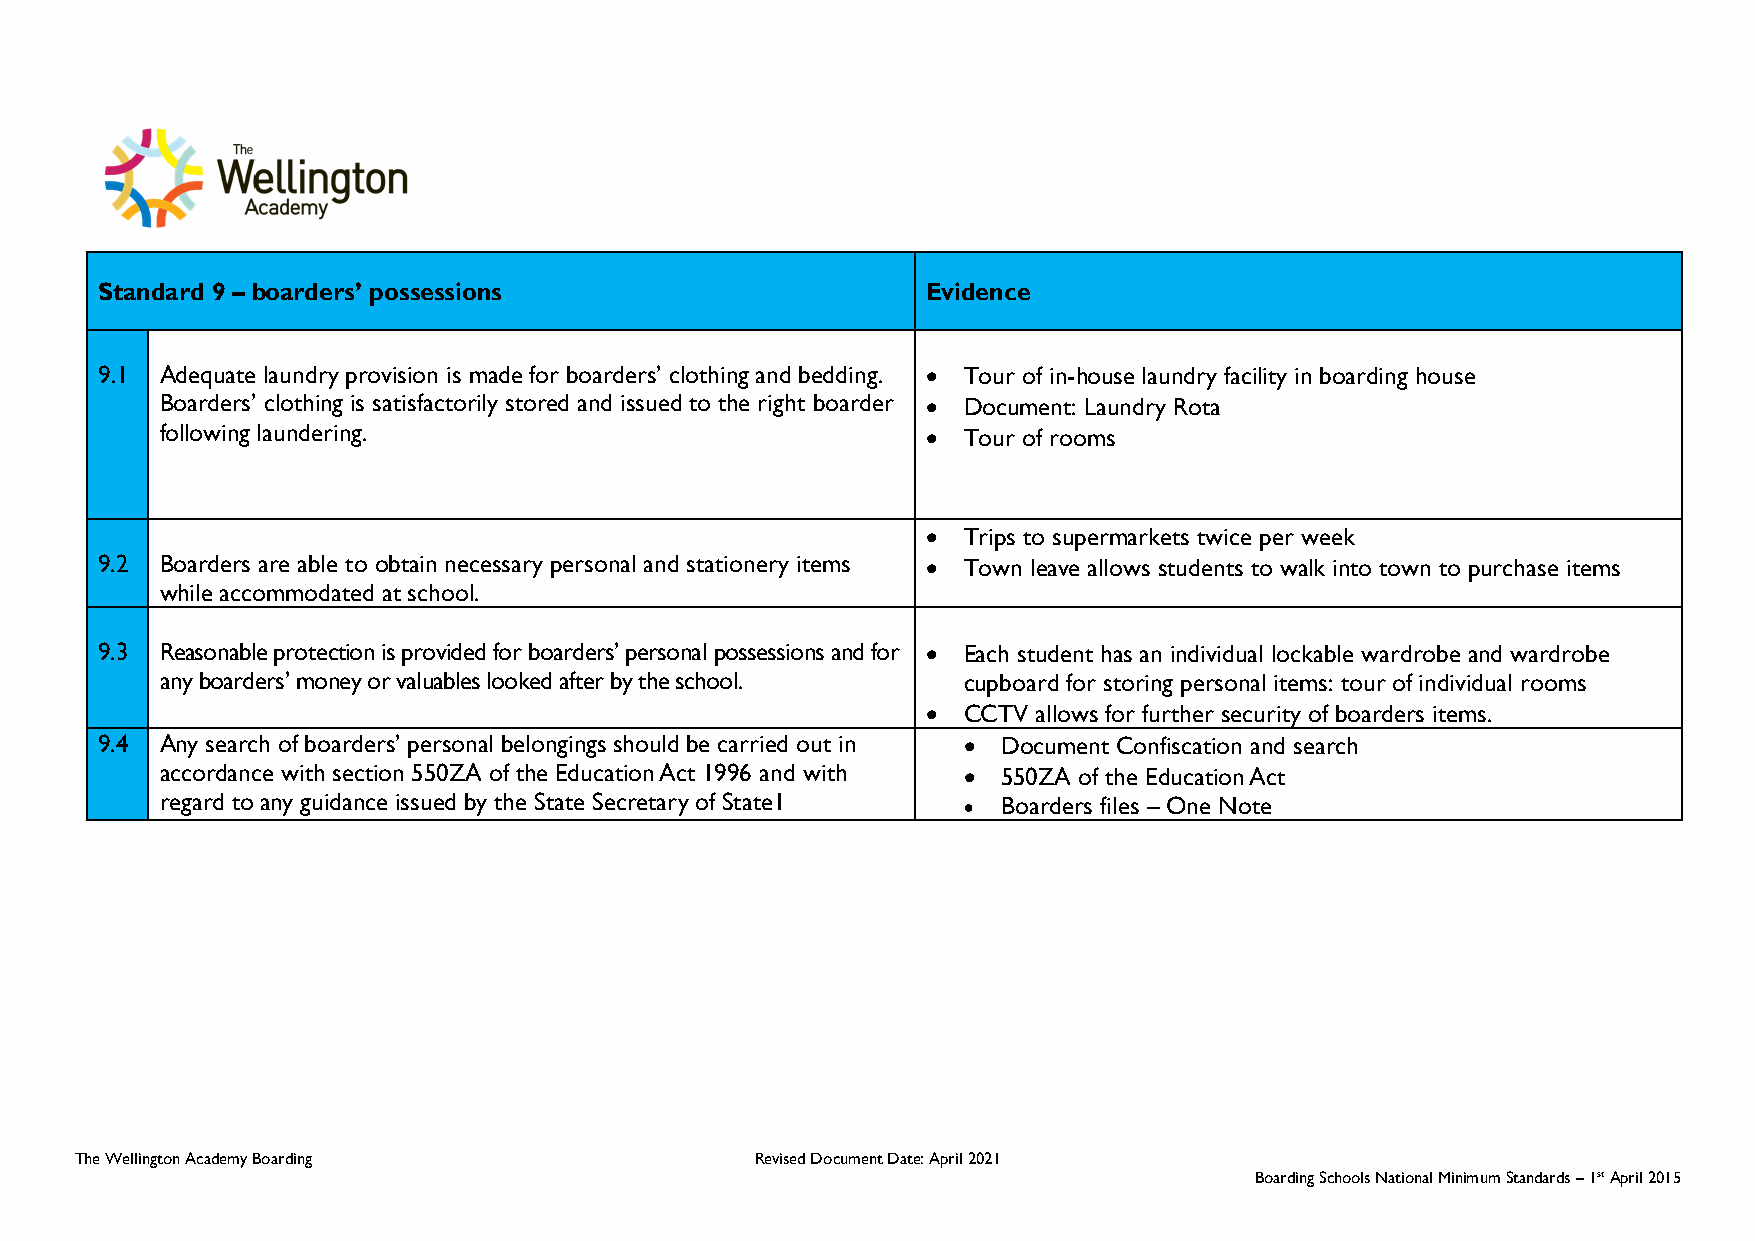
Standard 9 – boarders’ possessions                     Evidence
 9.1  Adequate laundry provision is made for boarders’ clothing and bedding. • Tour of in-house laundry facility in boarding house
 Boarders’ clothing is satisfactorily stored and issued to the right boarder • Document: Laundry Rota
 following laundering.                             •  Tour of rooms
 •  Trips to supermarkets twice per week
 9.2  Boarders are able to obtain necessary personal and stationery items • Town leave allows students to walk into town to purchase items
 while accommodated at school.
 9.3  Reasonable protection is provided for boarders’ personal possessions and for • Each student has an individual lockable wardrobe and wardrobe
 any boarders’ money or valuables looked after by the school. cupboard for storing personal items: tour of individual rooms
 •  CCTV allows for further security of boarders items.
 9.4  Any search of boarders’ personal belongings should be carried out in • Document Confiscation and search
 accordance with section 550ZA of the Education Act 1996 and with • 550ZA of the Education Act
 regard to any guidance issued by the State Secretary of State1 • Boarders files – One Note
 The Wellington Academy Boarding              Revised Document Date: April 2021
 Boarding Schools National Minimum Standards – 1st April 2015